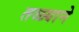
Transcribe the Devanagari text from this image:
तळ्याने